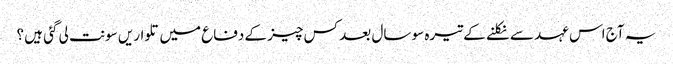
یہ آج اس عہد سے نکلنے کے تیرہ سو سال بعد کس چیز کے دفاع میں تلواریں سونت لی گئی ہیں ؟